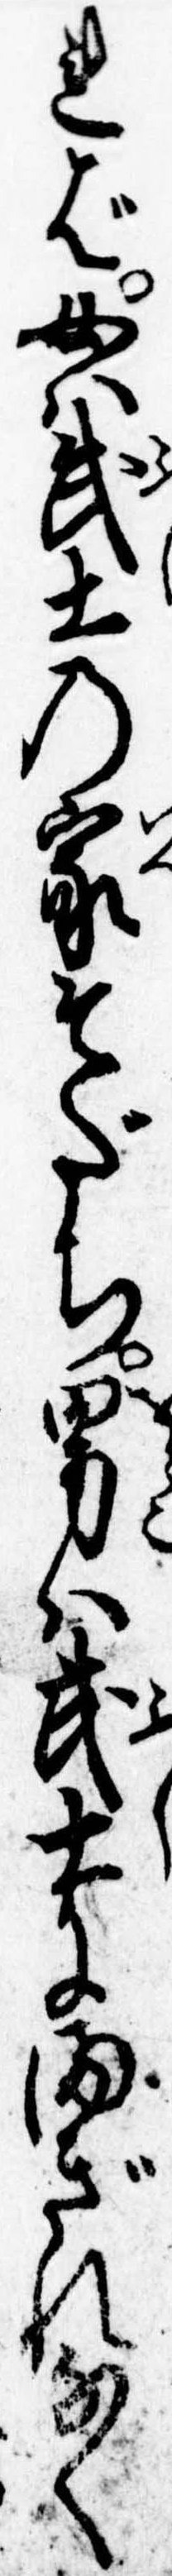
れば女は武士の家そだち男は武士にまぎれなく